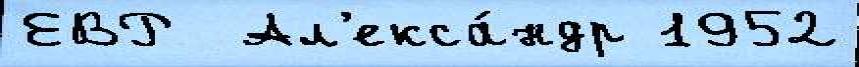
ЕВР  Ал'екса́ндр 1952